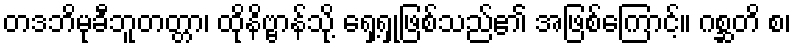
တဒဘိမုခီဘူတတ္တာ၊ ထိုနိဗ္ဗာန်သို့ ရှေ့ရှုဖြစ်သည်၏ အဖြစ်ကြောင့်။ ဂစ္ဆတိ စ၊